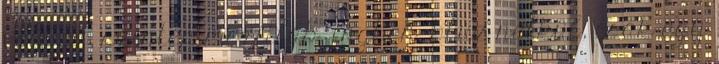
volt ez, szintén mezítláb, ingben, blúz nélkül, csak egy